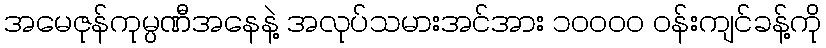
အမေဇုန်ကုမ္ပဏီအနေနဲ့ အလုပ်သမားအင်အား ၁၀၀၀၀ ဝန်းကျင်ခန့်ကို